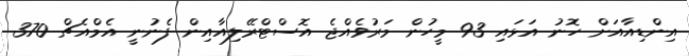
އިންޑިއާއަށް ހޮނު އަޅައި 93 މީހުން މަރުވެއްޖެ އޮސްޓްރޭލިއާއިން ފެނުނީ އެމްއެޗް 370